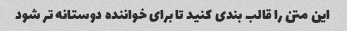
این متن را قالب بندی کنید تا برای خواننده دوستانه تر شود